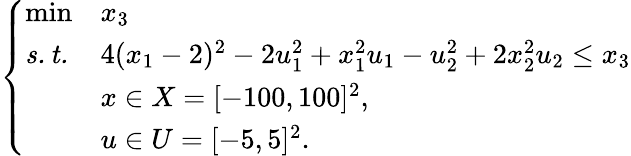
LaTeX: \left\{ \begin{array}{lll}{\operatorname*{min}}&{x_{3}}\\ {\mathit{s.t.}}&{4(x_{1}-2)^{2}-2u_{1}^{2}+x_{1}^{2}u_{1}-u_{2}^{2}+2x_{2}^{2}u_{2}\leq x_{3}}\\ &{x\in X=[-100,100]^{2},}\\ &{u\in U=[-5,5]^{2}.}\end{array}\right.